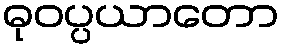
ဓုဝပ္ပယာတော